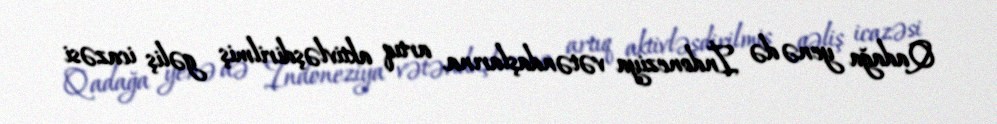
Qadağa yenə də İndoneziya vətəndaşlarına, artıq aktivləşdirilmiş gəliş icazəsi